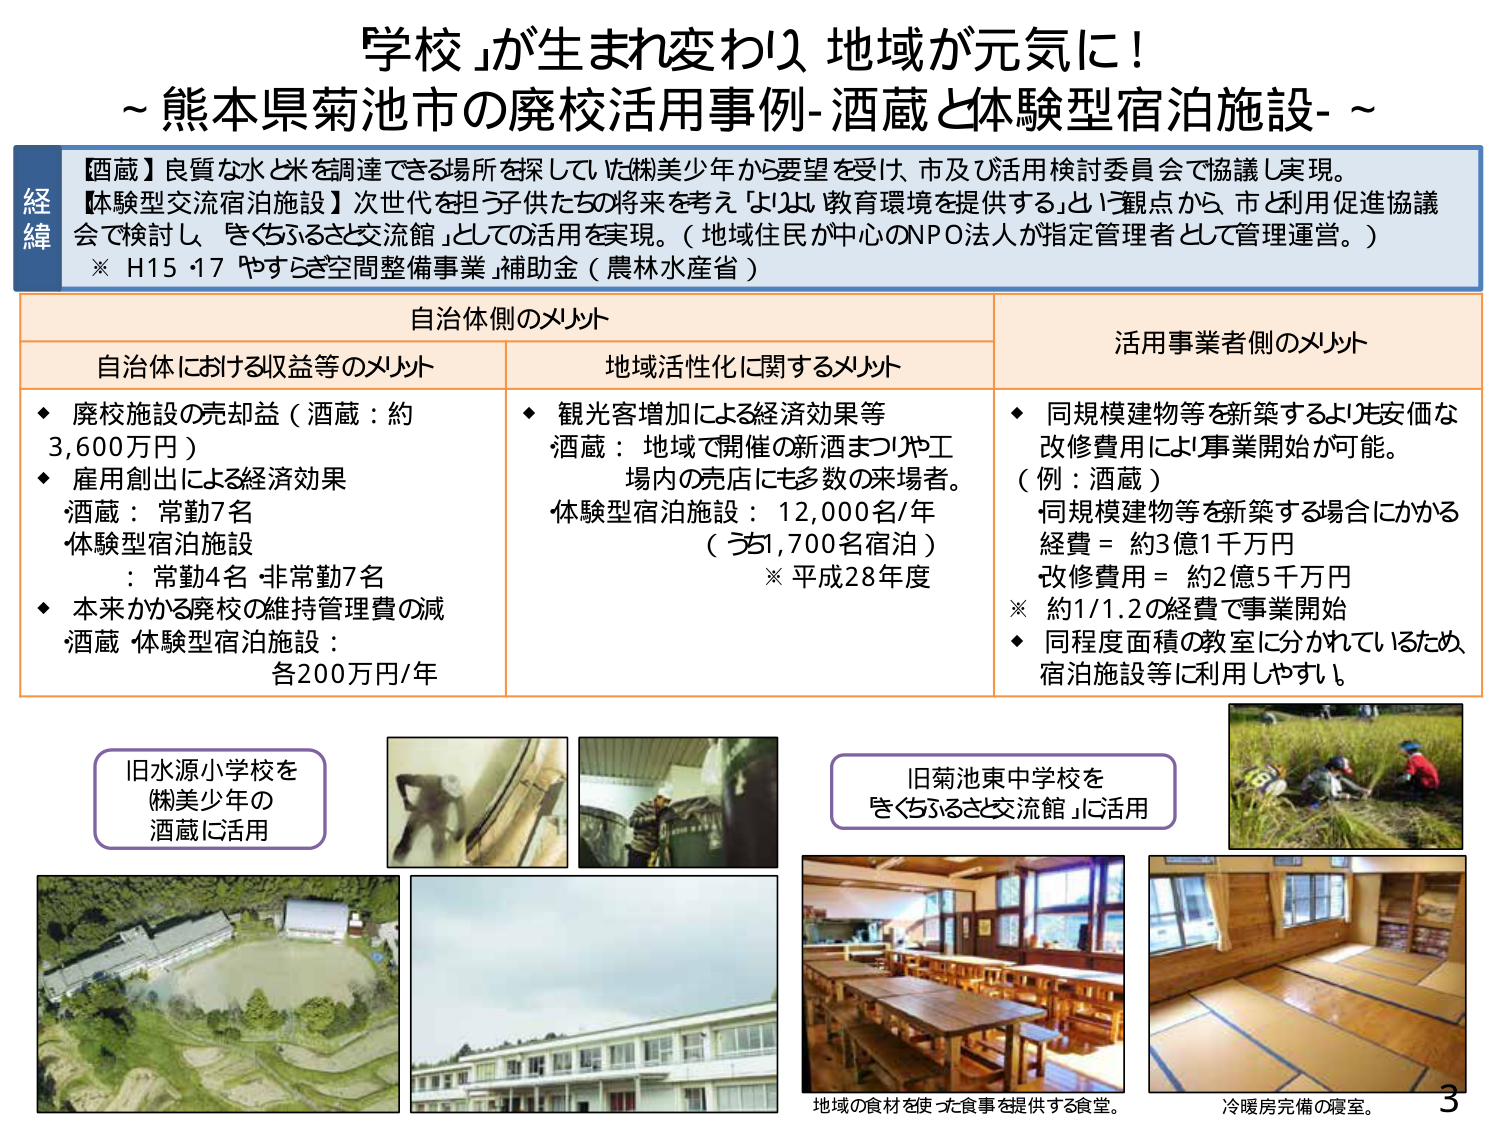
学校」が生まれ変わり、地域が元気に！
～熊本県菊池市の廃校活用事例-酒蔵と体験型宿泊施設-～

【酒蔵】良質な水と米を調達できる場所を探していた㈱美少年から要望を受け、市及び活用検討委員会で協議し実現。
【体験型交流宿泊施設】次世代を担う子供たちの将来を考え「よりよい教育環境を提供する」という観点から、市と利用促進協議会で検討し、「きくちるさ交流館」としての活用を実現。（地域住民が中心のNPO法人が指定管理者として管理運営。）
※ H15・17 やすらぎ空間整備事業 補助金（農林水産省）

自治体側のメリット
自治体における収益等のメリット
◆ 廃校施設の売却益（酒蔵：約3,600万円）
◆ 雇用創出による経済効果
　酒蔵：常勤7名
　体験型宿泊施設：常勤4名・非常勤7名
◆ 本来かかる廃校の維持管理費の減
　酒蔵・体験型宿泊施設：各200万円/年

地域活性化に関するメリット
◆ 観光客増加による経済効果等
　酒蔵：地域で開催の新酒まつりや工場内の売店にも多数の来場者。
　体験型宿泊施設：12,000名/年（うち1,700名宿泊）
　※ 平成28年度

活用事業者側のメリット
◆ 同規模建物等を新築するより安価な改修費用により事業開始が可能。
　（例：酒蔵）
　同規模建物等を新築する場合にかかる経費＝約3億1千万円
　改修費用＝約2億5千万円
　※ 約1/1.2の経費で事業開始
◆ 同程度面積の教室に分かれているため、宿泊施設等に利用しやすい。

旧水源小学校を㈱美少年の酒蔵に活用
旧菊池東中学校を「きくちるさ交流館」に活用

地域の食材を使った食事を提供する食堂。
冷暖房完備の寝室。

3